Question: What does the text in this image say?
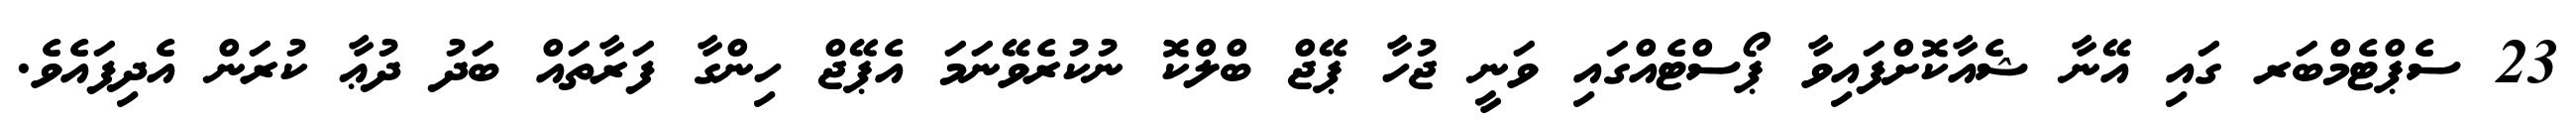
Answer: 23 ސެޕްޓެމްބަރ ގައި އޭނާ ޝެއާކޮށްފައިވާ ޕޯސްޓެއްގައި ވަނީ ޖުހާ ޕޭޖް ބްލްކޮ ނުކުރެވޭނަމަ އެޕޭޖް ހިންގާ ފަރާތައް ބަދު ދުޢާ ކުރަން އެދިފައެވެ.